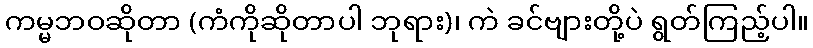
ကမ္မဘဝဆိုတာ (ကံကိုဆိုတာပါ ဘုရား)၊ ကဲ ခင်ဗျားတို့ပဲ ရွတ်ကြည့်ပါ။